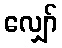
လျှော်